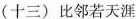
(十三)比邻若天涯